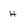
Character: H